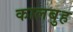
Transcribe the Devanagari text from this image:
कालबुह